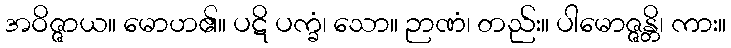
အဝိဇ္ဇာယ။ မောဟ၏။ ပဋိ ပက္ခံ၊ သော။ ဉာဏံ၊ တည်း။ ပါမောဇ္ဇန္တိ၊ ကား။